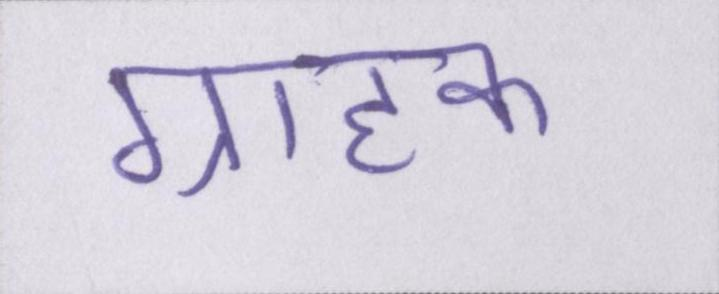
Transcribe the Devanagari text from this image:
ग्राहक